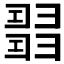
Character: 𢑰